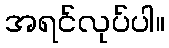
အရင်လုပ်ပါ။